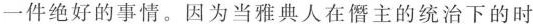
一件绝好的事情。因为当雅典人在僭主的统治下的时